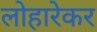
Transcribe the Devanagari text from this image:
लोहारेकर